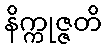
နိက္ကုဇ္ဇတိ